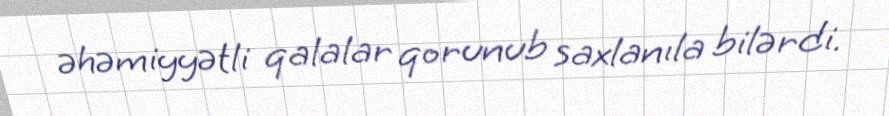
əhəmiyyətli qalalar qorunub saxlanıla bilərdi.